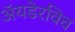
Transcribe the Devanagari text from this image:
ॲयडेरविच